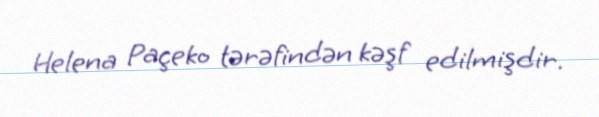
Helena Paçeko tərəfindən kəşf edilmişdir.